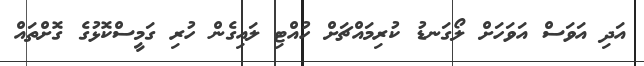
އަދި އަވަސް އަވަހަށް ލޯގަނޑު ކުރިމައްޗަށް ހުއްޓި ލައިގެން ހުރި ގަމީސްކޮޅުގެ ގޮށްތައް